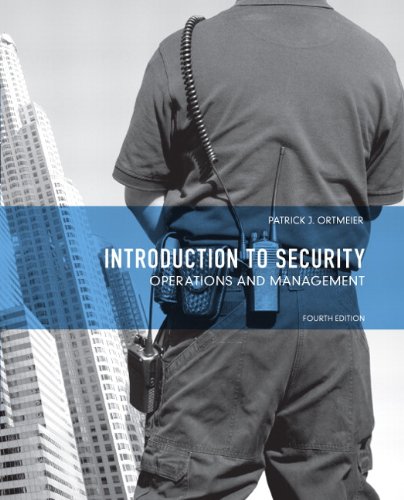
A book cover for Introduction to Security: Operations and Management (4th Edition); P. J. Ortmeier; Law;